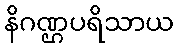
နိဂဏ္ဌပရိသာယ